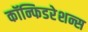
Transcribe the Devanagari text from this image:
कॉन्फिडरेशन्स